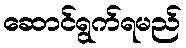
ဆောင်ရွက်ရမည်